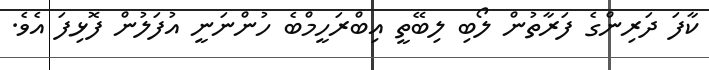
ކާފަ ދަރިންގެ ފަރާތުން ލޯބި ލިބޭތީ އިބްރަހީމްބެ ހުންނަނީ އުފަލުން ފޮޅިފަ އެވެ.